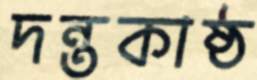
দন্তকাষ্ঠ